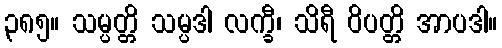
၃၈၅။ သမ္ပတ္တိ သမ္ပဒါ လက္ခီ၊ သိရီ ဝိပတ္တိ အာပဒါ။